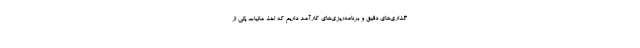
‌گذاری‌های دقیق و برنامه‌ریزی‌های کارآمد داریم که اخذ مالیات یکی از